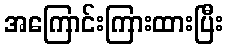
အကြောင်းကြားထားပြီး